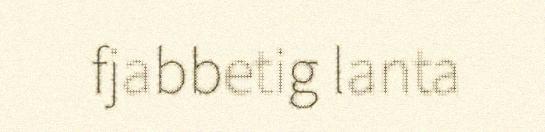
fjabbetig lanta